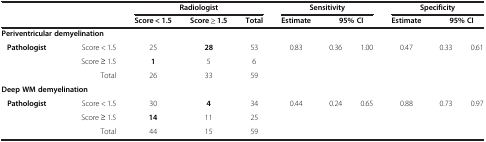
<table><thead><tr><td><b> </b></td><td><b> </b></td><td colspan="3"><b>Radiologist</b></td><td colspan="3"><b>Sensitivity</b></td><td colspan="3"><b>Specificity</b></td></tr><tr><td><b> </b></td><td><b> </b></td><td><b>Score &lt; 1.5</b></td><td><b>Score ≥ 1.5</b></td><td><b>Total</b></td><td><b>Estimate</b></td><td colspan="2"><b>95% CI</b></td><td><b>Estimate</b></td><td colspan="2"><b>95% CI</b></td></tr></thead><tbody><tr><td colspan="2"><b>Periventricular demyelination</b></td><td> </td><td> </td><td> </td><td> </td><td> </td><td> </td><td> </td><td> </td><td> </td></tr><tr><td rowspan="2"><b> Pathologist</b></td><td>Score &lt; 1.5</td><td>25</td><td><b>28</b></td><td>53</td><td>0.83</td><td>0.36</td><td>1.00</td><td>0.47</td><td>0.33</td><td>0.61</td></tr><tr><td>Score ≥ 1.5</td><td><b>1</b></td><td>5</td><td>6</td><td> </td><td> </td><td> </td><td> </td><td> </td><td> </td></tr><tr><td> </td><td>Total</td><td>26</td><td>33</td><td>59</td><td> </td><td> </td><td> </td><td> </td><td> </td><td> </td></tr><tr><td colspan="3"><b>Deep WM demyelination</b></td><td> </td><td> </td><td> </td><td> </td><td> </td><td> </td><td> </td><td> </td></tr><tr><td rowspan="2"><b> Pathologist</b></td><td>Score &lt; 1.5</td><td>30</td><td><b>4</b></td><td>34</td><td>0.44</td><td>0.24</td><td>0.65</td><td>0.88</td><td>0.73</td><td>0.97</td></tr><tr><td>Score ≥ 1.5</td><td><b>14</b></td><td>11</td><td>25</td><td> </td><td> </td><td> </td><td> </td><td> </td><td> </td></tr><tr><td> </td><td>Total</td><td>44</td><td>15</td><td>59</td><td colspan="2"> </td><td> </td><td> </td><td> </td><td> </td></tr></tbody></table>